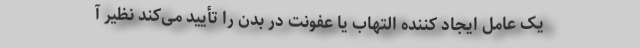
یک عامل ایجاد کننده التهاب یا عفونت در بدن را تأیید می‌کند نظیر آ